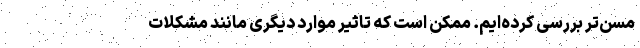
مسن‌تر بررسی کرده‌ایم. ممکن است که تاثیر موارد دیگری مانند مشکلات